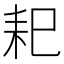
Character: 𦓨